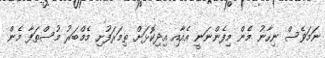
ނަމަވެސް ނިހާނު މެން މިފެންނަނީ އެއާއި އިދިކޮޅަށް ތިމަރަފުށި މެމްބަރު މުސްތަފާ މެން